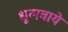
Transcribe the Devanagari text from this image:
धुलवाये